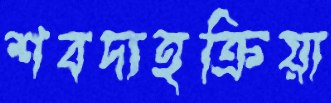
শবদাহক্রিয়া